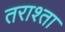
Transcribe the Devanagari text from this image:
तराश्ता